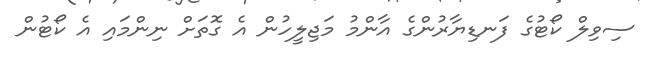
ސިވިލް ކޯޓުގެ ފަނޑިޔާރުންގެ އާންމު މަޖިލީހުން އެ ގޮތަށް ނިންމައި އެ ކޯޓުން